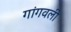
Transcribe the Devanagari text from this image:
गांगवली